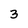
Character: 3